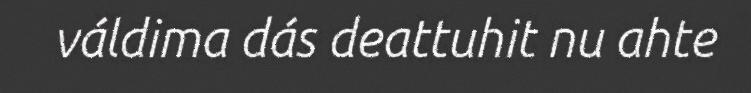
váldima dás deattuhit nu ahte